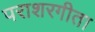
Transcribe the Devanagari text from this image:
पराशरगीता